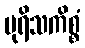
ပုရိသကိစ္စံ